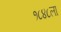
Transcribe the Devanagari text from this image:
१८४८ला